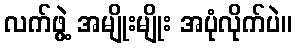
လက်ဖွဲ့ အမျိုးမျိုး အပုံလိုက်ပဲ။